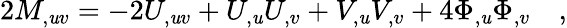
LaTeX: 2M_{,\mathit{u}v}=-2U_{,\mathit{u}v}+U_{,\mathit{u}}U_{,v}+V_{,\mathit{u}}V_{,v}+4\Phi_{,\mathit{u}}\Phi_{,v}\quad,